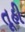
તૂહી